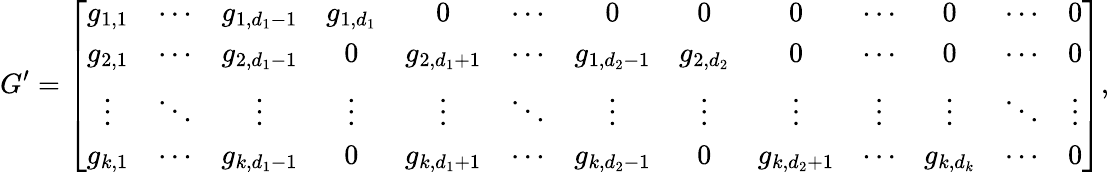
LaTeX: G^{\prime}=\left[\begin{array}{ccccccccccccc}{g_{1,1}}&{\cdots}&{g_{1,d_{1}-1}}&{g_{1,d_{1}}}&{0}&{\cdots}&{0}&{0}&{0}&{\cdots}&{0}&{\cdots}&{0}\\ {g_{2,1}}&{\cdots}&{g_{2,d_{1}-1}}&{0}&{g_{2,d_{1}+1}}&{\cdots}&{g_{1,d_{2}-1}}&{g_{2,d_{2}}}&{0}&{\cdots}&{0}&{\cdots}&{0}\\ {\vdots}&{\ddots}&{\vdots}&{\vdots}&{\vdots}&{\ddots}&{\vdots}&{\vdots}&{\vdots}&{\vdots}&{\vdots}&{\ddots}&{\vdots}\\ {g_{k,1}}&{\cdots}&{g_{k,d_{1}-1}}&{0}&{g_{k,d_{1}+1}}&{\cdots}&{g_{k,d_{2}-1}}&{0}&{g_{k,d_{2}+1}}&{\cdots}&{g_{k,d_{k}}}&{\cdots}&{0}\end{array}\right],